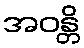
အဝန္တိ